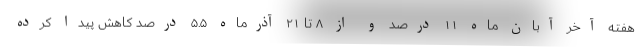
هفته آخر آبان ماه ۱۱ درصد و از ۸ تا ۲۱ آذرماه ۵.۵ درصد کاهش پیدا کرده